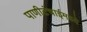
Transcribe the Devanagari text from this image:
पाणीटंचाईमध्ये